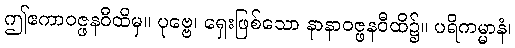
ဤဧကာဝဇ္ဖနဝီထိမှ။ ပုဗ္ဗေ၊ ရှေးဖြစ်သော နာနာဝဇ္ဖနဝီထိ၌။ ပရိကမ္မာနံ၊